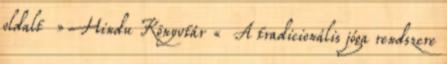
oldalt » Hindu Könyvtár « A tradicionális jóga rendszere